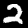
Label: 2